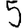
Digit: 5